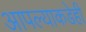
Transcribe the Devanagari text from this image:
आपल्याकडेही